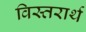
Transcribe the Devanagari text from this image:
विस्तरार्थ